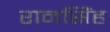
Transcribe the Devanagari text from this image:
रानसिंह